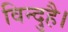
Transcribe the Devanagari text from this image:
विन्दुहै।